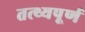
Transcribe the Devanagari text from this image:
तत्थ्यपूर्ण